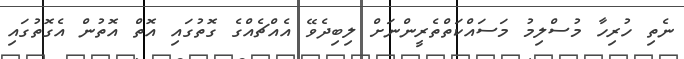
ނެތި ހުރިހާ މުސްލިމު މަސައްކަތްތެރީންނަށް ލިބިދެވޭ އެއްޗެއްގެ ގޮތުގައި އޮތް އޮތުން އެގޮތުގައި